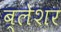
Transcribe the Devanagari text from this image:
ब्लेशर